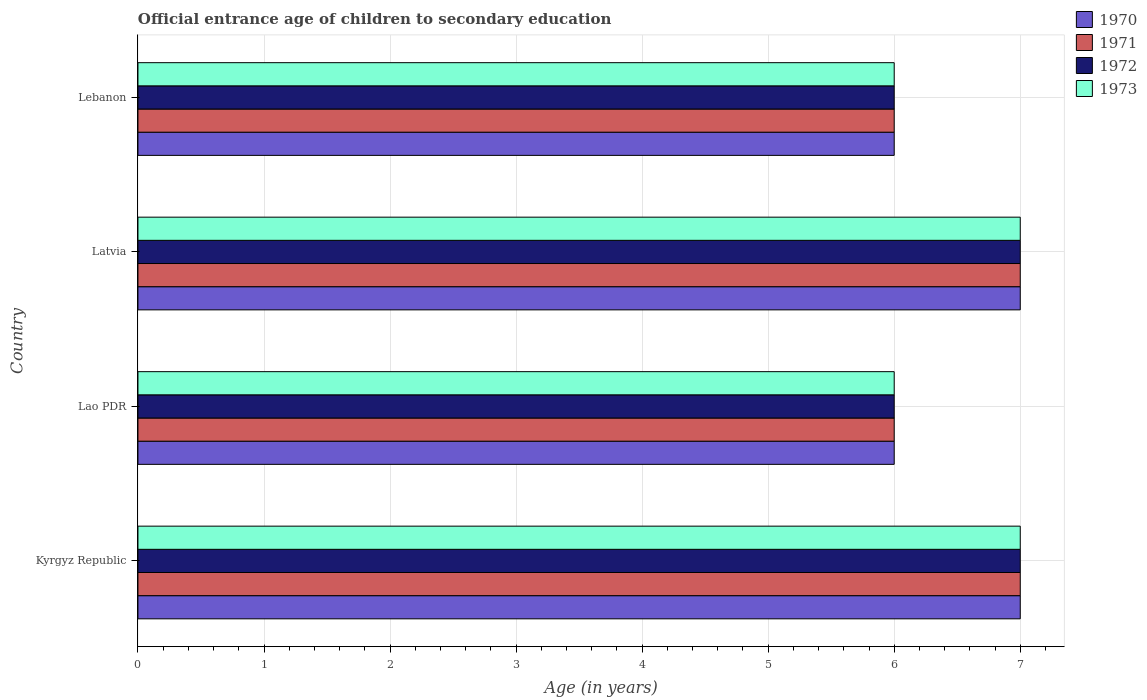
| Country | 1970 | 1971 | 1972 | 1973 |
 | --- | --- | --- | --- | --- |
 | Kyrgyz Republic | 7 | 7 | 7 | 7 |
 | Lao PDR | 6 | 6 | 6 | 6 |
 | Latvia | 7 | 7 | 7 | 7 |
 | Lebanon | 6 | 6 | 6 | 6 |